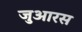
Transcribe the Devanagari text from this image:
जुआरस